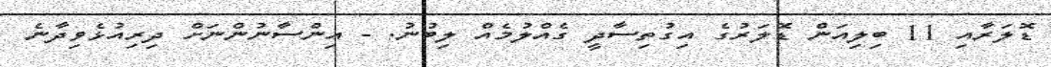
ޑޮލަރާއި 11 ބިލިއަން ޑޮލަރުގެ އިގުތިސާދީ ގެއްލުމެއް ލިބުނު. - އިންސާނުންނަށް ދިރިއުޅެވިދާނެ